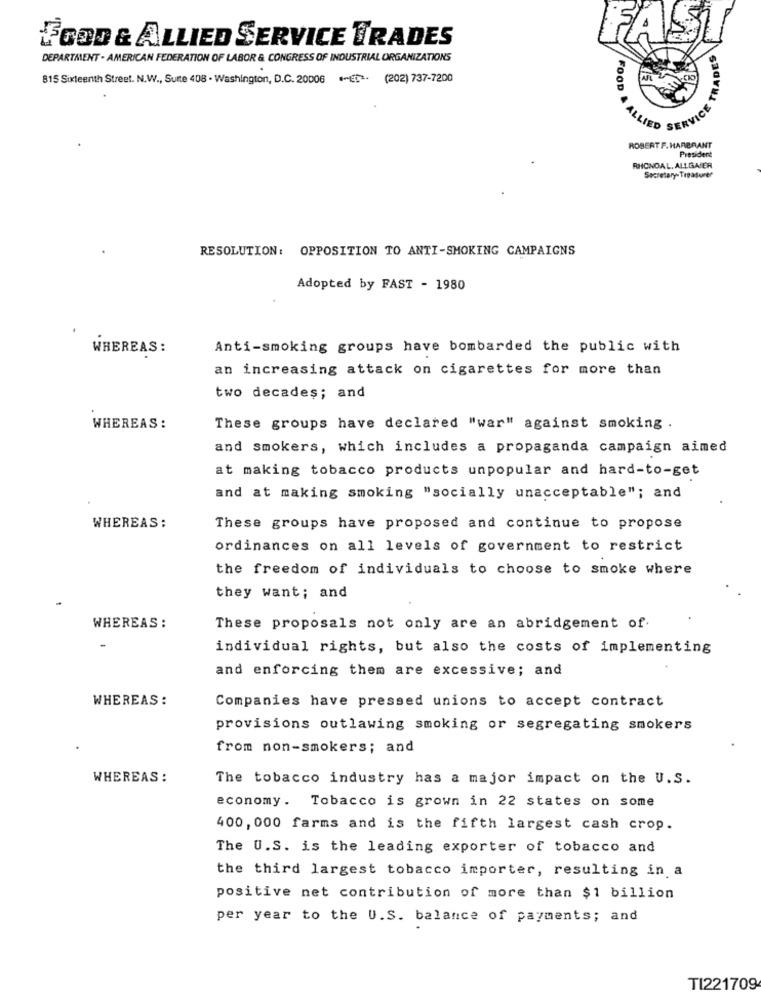
FOOD & ALLIED SERVICE TRADES
DEPARTMENT - AMERICAN FEDERATION OF LABOR & CONGRESS OF INDUSTRIAL ORGANIZATIONS
815 Sixteenth Street. N.W ., Suite 408 - Washington, D.C. 20006 -ET -. (202) 737-7200
AFL
LLIED SERVICE
FOOD & ALLI
ROBERT F. HARBRANT
President
RHONDA L. ALLGAVER
Secretary-Treasurer
RESOLUTION: OPPOSITION TO ANTI-SMOKING CAMPAIGNS
Adopted by FAST - 1980
WHEREAS :
Anti-smoking groups have bombarded the public with
an increasing attack on cigarettes for more than
two decades; and
WHEREAS :
These groups have declared "war" against smoking .
and smokers, which includes a propaganda campaign aimed
at making tobacco products unpopular and hard-to-get
and at making smoking "socially unacceptable"; and
WHEREAS :
These groups have proposed and continue to propose
ordinances on all levels of government to restrict
the freedom of individuals to choose to smoke where
they want; and
WHEREAS :
These proposals not only are an abridgement of.
individual rights, but also the costs of implementing
and enforcing them are excessive; and
WHEREAS :
Companies have pressed unions to accept contract
provisions outlawing smoking or segregating smokers
from non-smokers; and
WHEREAS :
The tobacco industry has a major impact on the U.S.
economy. Tobacco is grown in 22 states on some
400, 000 farms and is the fifth largest cash crop.
The U.S. is the leading exporter of tobacco and
the third largest tobacco importer, resulting in a
positive net contribution of more than $1 billion
per year to the U.S. balance of payments; and
TI221709